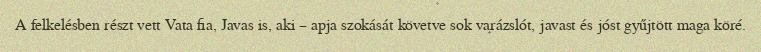
A felkelésben részt vett Vata fia, Javas is, aki – apja szokását követve sok varázslót, javast és jóst gyűjtött maga köré.